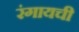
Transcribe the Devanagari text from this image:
रंगायची